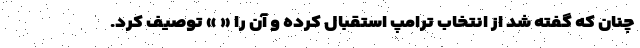
چنان که گفته شد از انتخاب ترامپ استقبال کرده و آن را « » توصیف کرد.